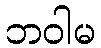
ဘဝါမ